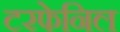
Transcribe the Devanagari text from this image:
टरफेनिल